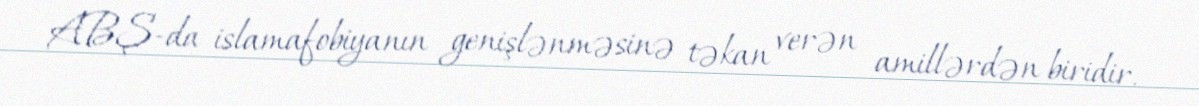
ABŞ-da islamafobiyanın genişlənməsinə təkan verən amillərdən biridir.